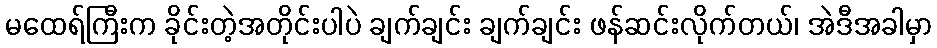
မထေရ်ကြီးက ခိုင်းတဲ့အတိုင်းပါပဲ ချက်ချင်း ချက်ချင်း ဖန်ဆင်းလိုက်တယ်၊ အဲဒီအခါမှာ